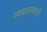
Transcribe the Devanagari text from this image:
स्वयात्तशासी